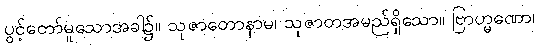
ပွင့်တော်မူသောအခါ၌။ သုဇာတောနာမ၊ သုဇာတအမည်ရှိသော။ ဗြာဟ္မဏော၊